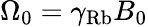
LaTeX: \Omega_{0}=\gamma_{\mathrm{Rb}}B_{0}